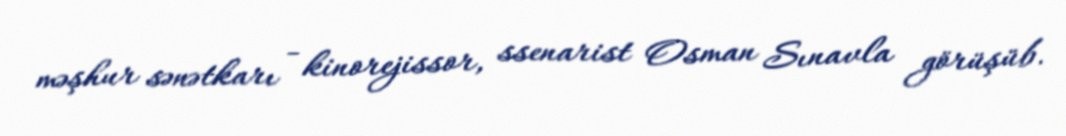
məşhur sənətkarı - kinorejissor, ssenarist Osman Sınavla görüşüb.